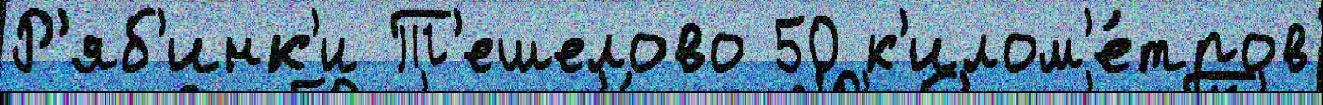
Р'яб'инк'и Т'ешелово 50 к'илом'е́тров